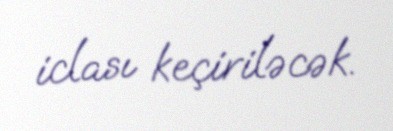
iclası keçiriləcək.